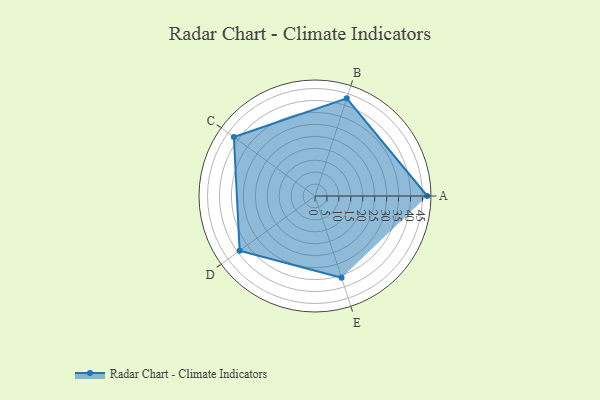
{"axis": {"x": "Skill", "y": "Score"}, "legend": ["Profile"], "data": [{"x": "A", "y": 47.0, "type": "Profile"}, {"x": "B", "y": 43.0, "type": "Profile"}, {"x": "C", "y": 42.0, "type": "Profile"}, {"x": "D", "y": 39.0, "type": "Profile"}, {"x": "E", "y": 36.0, "type": "Profile"}]}